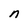
Character: n